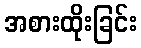
အစားထိုးခြင်း